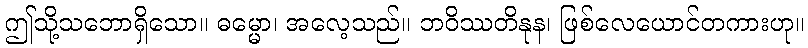
ဤသို့သဘောရှိသော။ ဓမ္မော၊ အလေ့သည်။ ဘဝိဿတိနုန၊ ဖြစ်လေယောင်တကားဟု။